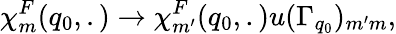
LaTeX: \chi_{m}^{F}(q_{0},.)\rightarrow\chi_{m^{\prime}}^{F}(q_{0},.)u(\Gamma_{q_{0}})_{m^{\prime}m},